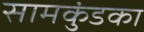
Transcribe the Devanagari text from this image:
सामकुंडका